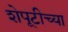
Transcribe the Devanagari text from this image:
शेपूटीच्या